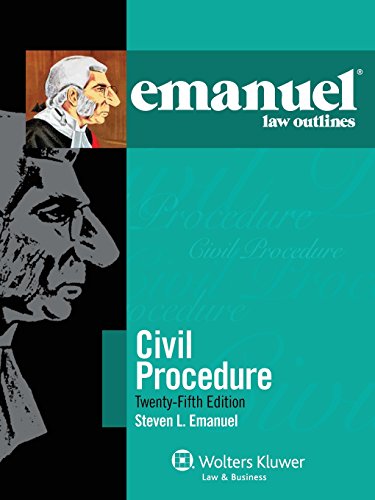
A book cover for Emanuel Law Outlines: Civil Procedure; Steven L. Emanuel; Law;